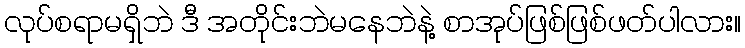
လုပ်စရာမရှိဘဲ ဒီ အတိုင်းဘဲမနေဘဲနဲ့ စာအုပ်ဖြစ်ဖြစ်ဖတ်ပါလား။